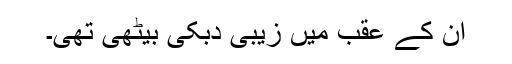
ان کے عقب میں زیبی دبکی بیٹھی تھی۔